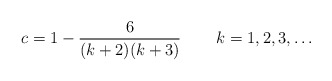
\begin{align*}c=1-\frac{6}{(k+2)(k+3)}\,\qquad k=1,2,3,\ldots \end{align*}